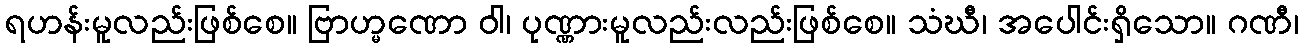
ရဟန်းမူလည်းဖြစ်စေ။ ဗြာဟ္မဏော ဝါ၊ ပုဏ္ဏားမူလည်းလည်းဖြစ်စေ။ သံဃီ၊ အပေါင်းရှိသော။ ဂဏီ၊